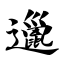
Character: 邋